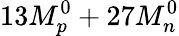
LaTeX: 13M_{p}^{0}+27M_{n}^{0}